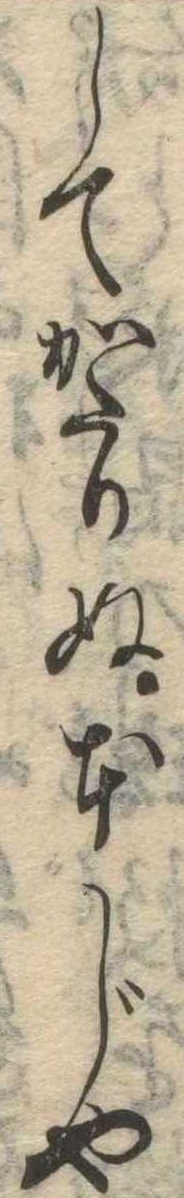
してかたりぬ本じや